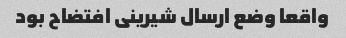
واقعا وضع ارسال شیرینی افتضاح بود